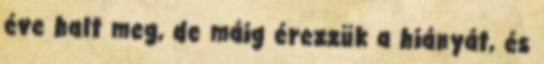
éve halt meg, de máig érezzük a hiányát, és